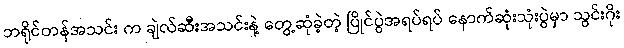
ဘရိုင်တန်အသင်း က ချဲလ်ဆီးအသင်းနဲ့ တွေ့ဆုံခဲ့တဲ့ ပြိုင်ပွဲအရပ်ရပ် နောက်ဆုံးသုံးပွဲမှာ သွင်းဂိုး